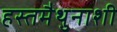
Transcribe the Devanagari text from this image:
हस्तमैथुनाशी